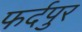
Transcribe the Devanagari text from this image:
फर्दपुर